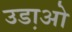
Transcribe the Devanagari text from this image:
उडा़ओ